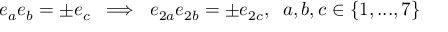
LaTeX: e _ { a } e _ { b } = \pm e _ { c } \; \; \Longrightarrow \; \; e _ { 2 a } e _ { 2 b } = \pm e _ { 2 c } , \; \; a , b , c \in \{ 1 , . . . , 7 \}